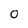
Character: 0